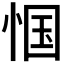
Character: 𮲇